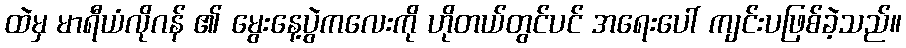
ထဲမှ မာရီယံလိုဂန် ၏ မွေးနေ့ပွဲကလေးကို ဟိုတယ်တွင်ပင် အရေးပေါ် ကျင်းပဖြစ်ခဲ့သည်။